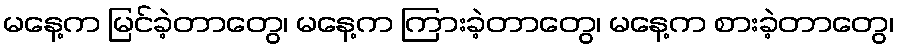
မနေ့က မြင်ခဲ့တာတွေ၊ မနေ့က ကြားခဲ့တာတွေ၊ မနေ့က စားခဲ့တာတွေ၊